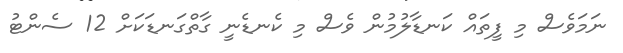
ނަމަވެސް މި ފީތައް ކަނޑާލުމުން ވެސް މި ކެނޑެނީ ގާތްގަނޑަކަށް 12 ސެންޓު